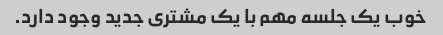
خوب یک جلسه مهم با یک مشتری جدید وجود دارد.